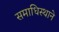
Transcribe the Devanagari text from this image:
समाधिस्थाने